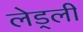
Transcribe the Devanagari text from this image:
लेड्ली